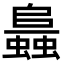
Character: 𧒙